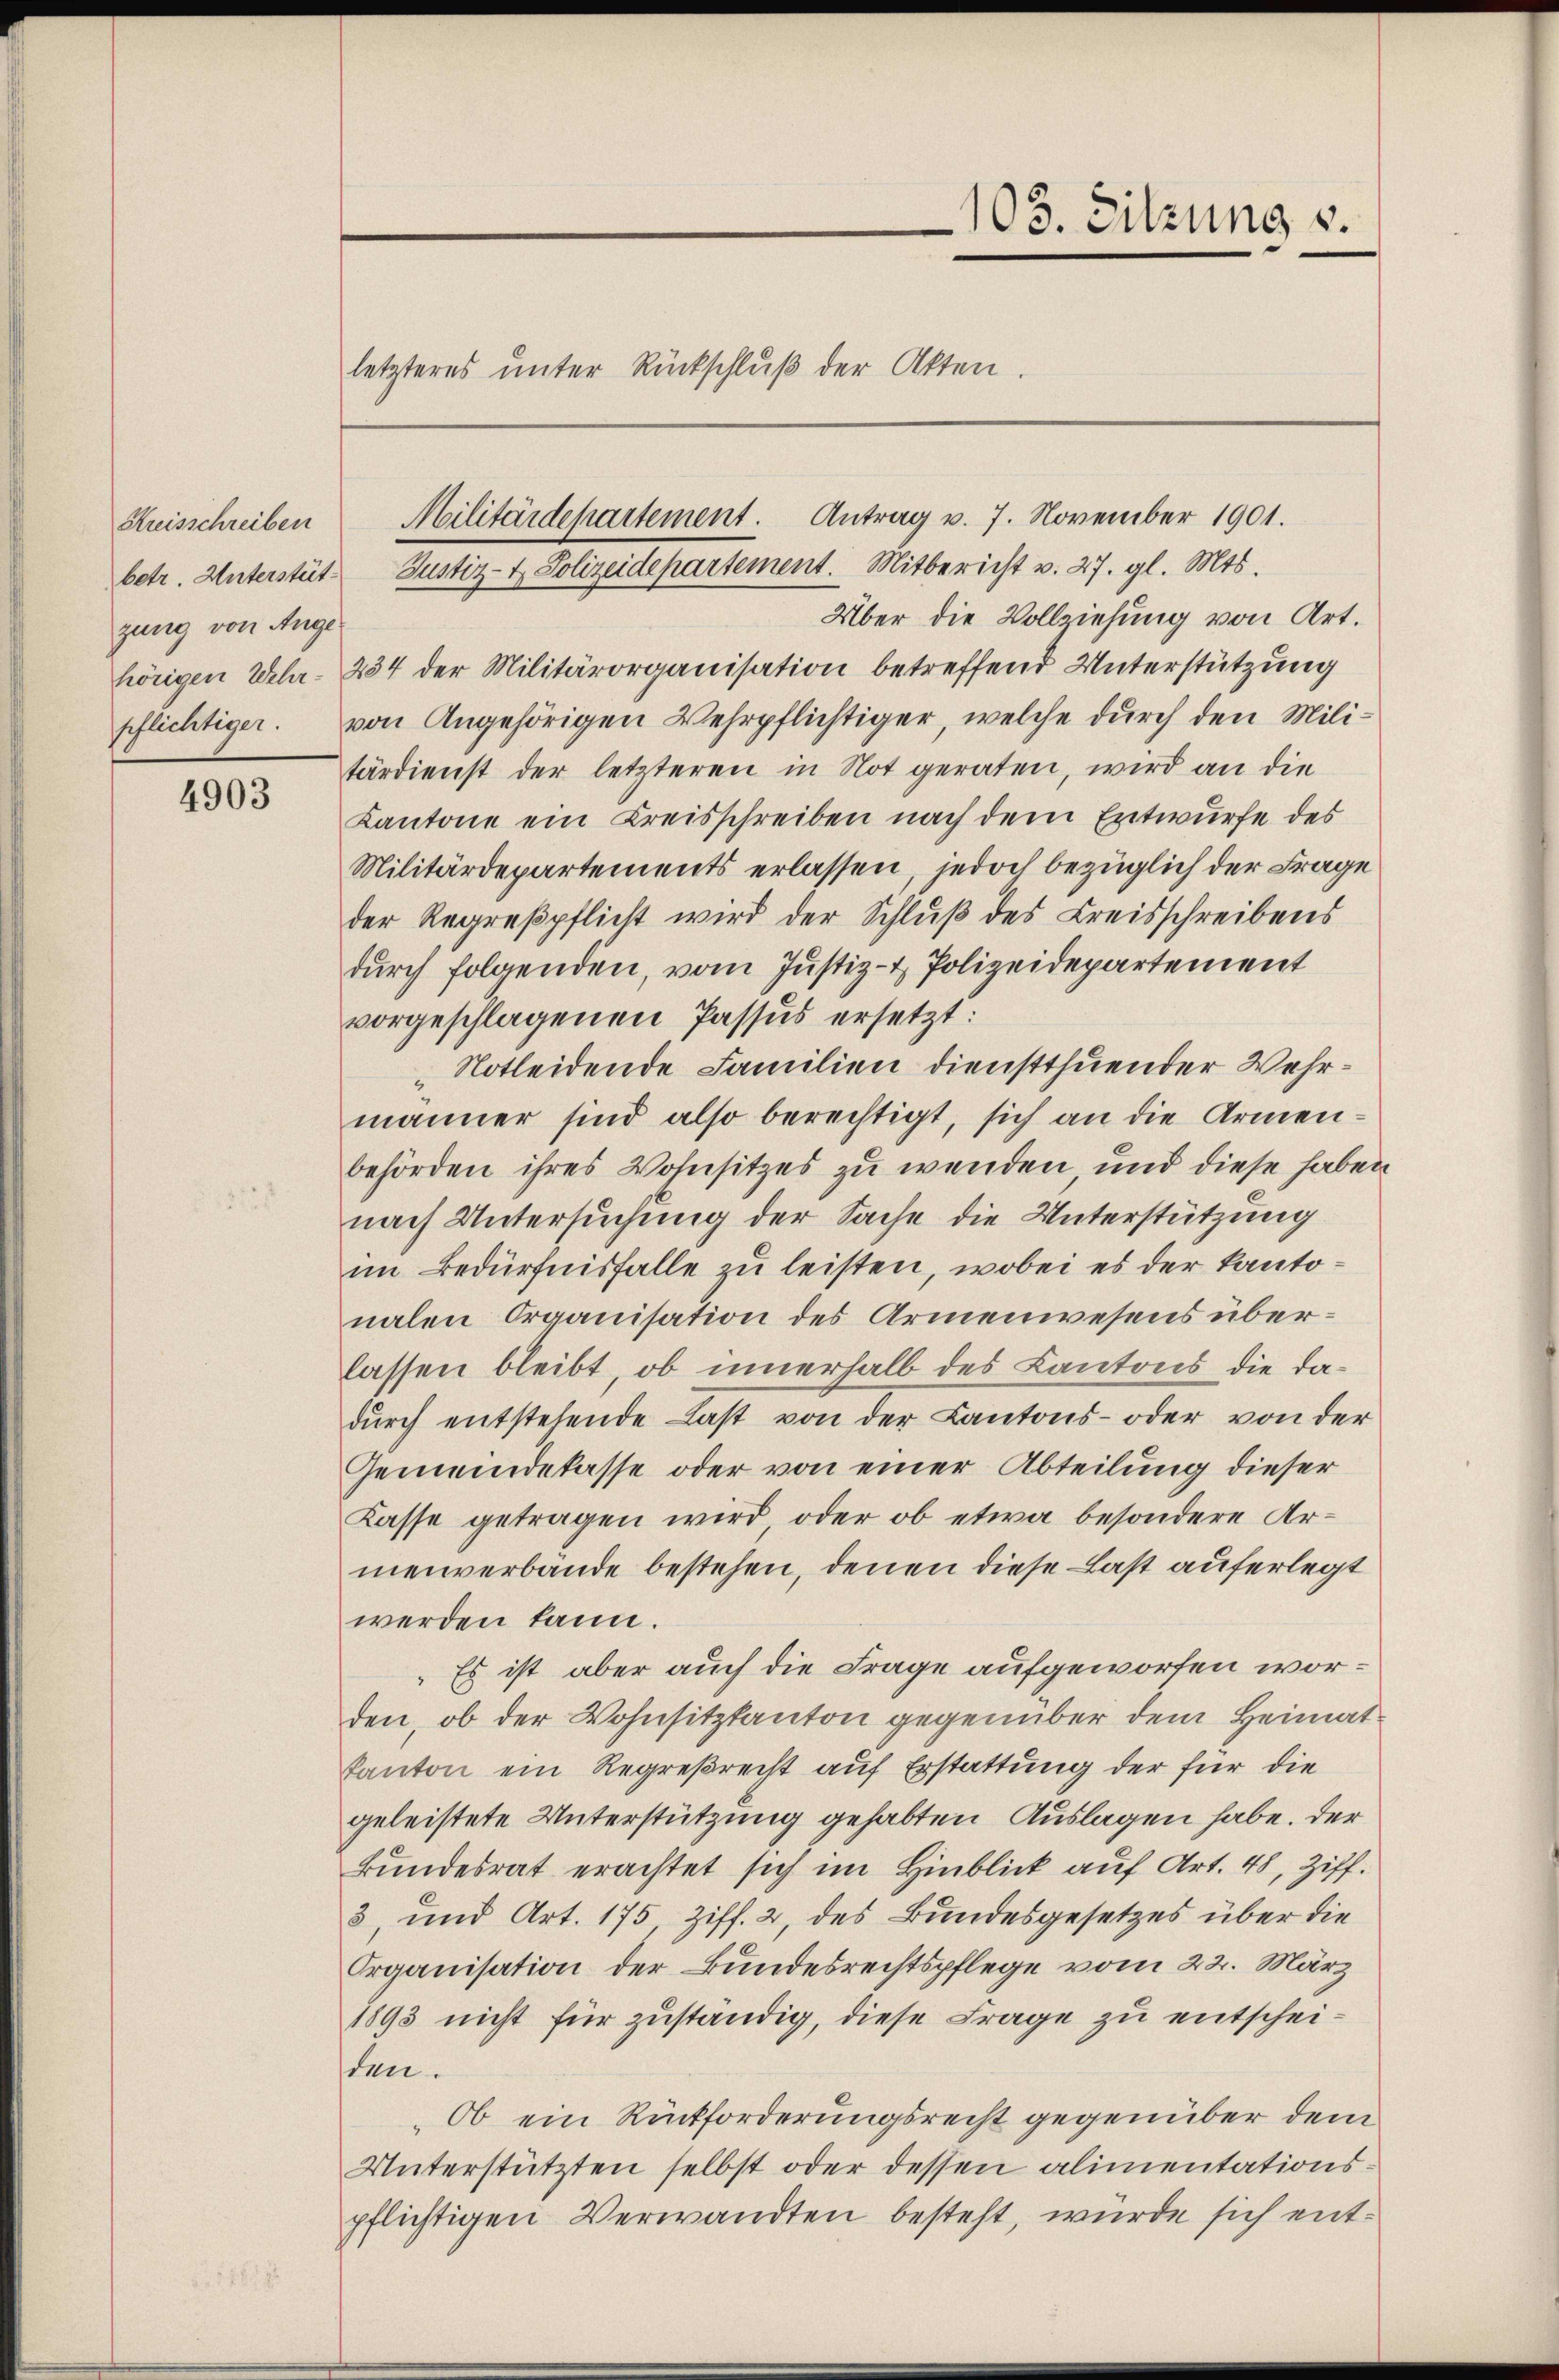
Kreisschreiben
zung von Ange¬

4903

Über die Vollziehung von Art.
hörigen Wehr- 234 der Militärorganisation betreffend Unterstützung
pflichtiger. von Angehörigen Wehrpflichtiger, welche durch den Militärdienst der letzteren in Not geraten, wird an die
Kantone ein Kreisschreiben nach dem Entwurfe des
Militärdepartements erlassen, jedoch bezüglich der Frage
der Regreßpflicht wird der Schluß des Kreisschreibens
durch folgenden, vom Justiz- & Polizeidepartement
vorgeschlagenen Passus ersetzt:
Notleidende Familien dienstthuender Wehrmänner sind also berechtigt, sich an die Armenbehörden ihres Wohnsitzes zu wenden, und diese haben
nach Untersuchung der Sache die Unterstützung
im Bedürfnisfalle zu leisten, wobei es der kantonalen Organisation des Armenwesens überlassen bleibt, ob innerhalb des Kantons die dadŭrch entstehende Last von der Kantons- oder von der
Gemeindekasse oder von einer Abteilung dieser
Kasse getragen wird, oder ob etwa besondere Armenverbände bestehen, denen diese Last auferlegt
werden kann.
Es ist aber auch die Frage aufgeworfen worden, ob der Wohnsitztanton gegenüber dem Heimatkanton ein Regreßrecht auf Erstattung der für die
geleistete Unterstützung gehabten Auslagen habe. Der
Bundesrat erachtet sich im Hinblick auf Art. 48, Ziff.
3, und Art. 175, Ziff. 2, des Bundesgesetzes über die
Organisation der Bundesrechtspflege vom 22. März
1893 nicht für zuständig, diese Frage zu entscheiden.
Ob ein Rückforderungsrecht gegenüber dem
Unterstützten selbst oder dessen alimentationspflichtigen Verwandten besteht, würde sich ent¬

letzteres unter Rückschluß der Akten.

Militärdepartement. Antrag v. 7. November 1901.
betr. Unterstet. Justiz- & Polizeidepartement. Mitbericht v. 27. gl. Mts.

103. Sitzung v.